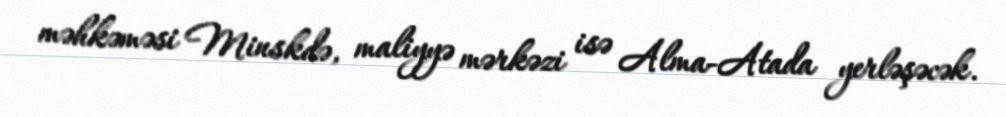
məhkəməsi Minskdə, maliyyə mərkəzi isə Alma-Atada yerləşəcək.